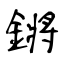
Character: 鏘